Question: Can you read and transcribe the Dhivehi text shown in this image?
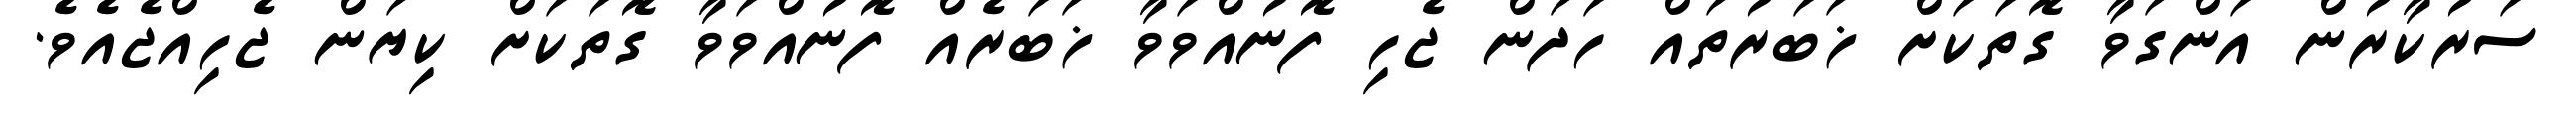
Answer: ސަރުކާރުން އަންގަވާ ގޮތަކަށް ޚަބަރުތައް ހަދަން ޖެހި ފޮނުއްވަވާ ޚަބަރެއް ފޮނުއްވަވާ ގޮތަކަށް ކިޔަން ޖެހިއްޖެއެވެ.